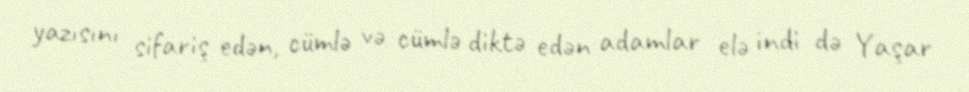
yazısını sifariş edən, cümlə və cümlə diktə edən adamlar elə indi də Yaşar